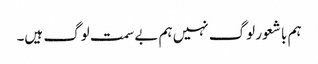
ہم با شعور لوگ نہیں ہم بے سمت لوگ ہیں۔